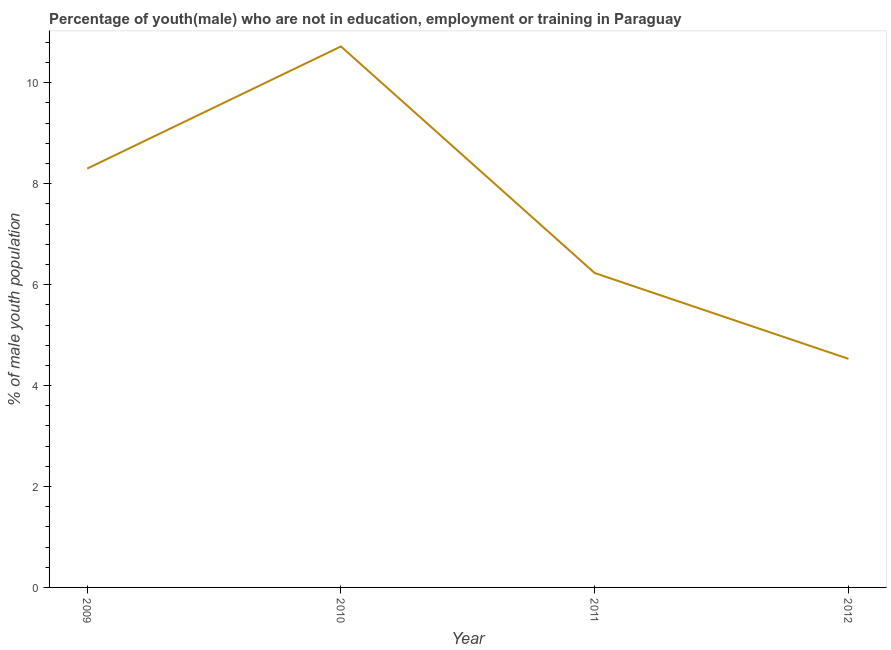
| Year | Unemployed(male) |
 | --- | --- |
 | 2009 | 8.3 |
 | 2010 | 10.7 |
 | 2011 | 6.23 |
 | 2012 | 4.53 |